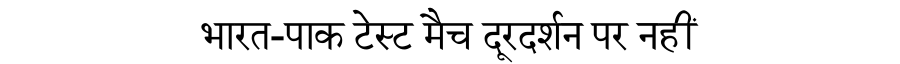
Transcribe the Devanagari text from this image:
भारत-पाक टेस्ट मैच दूरदर्शन पर नहीं